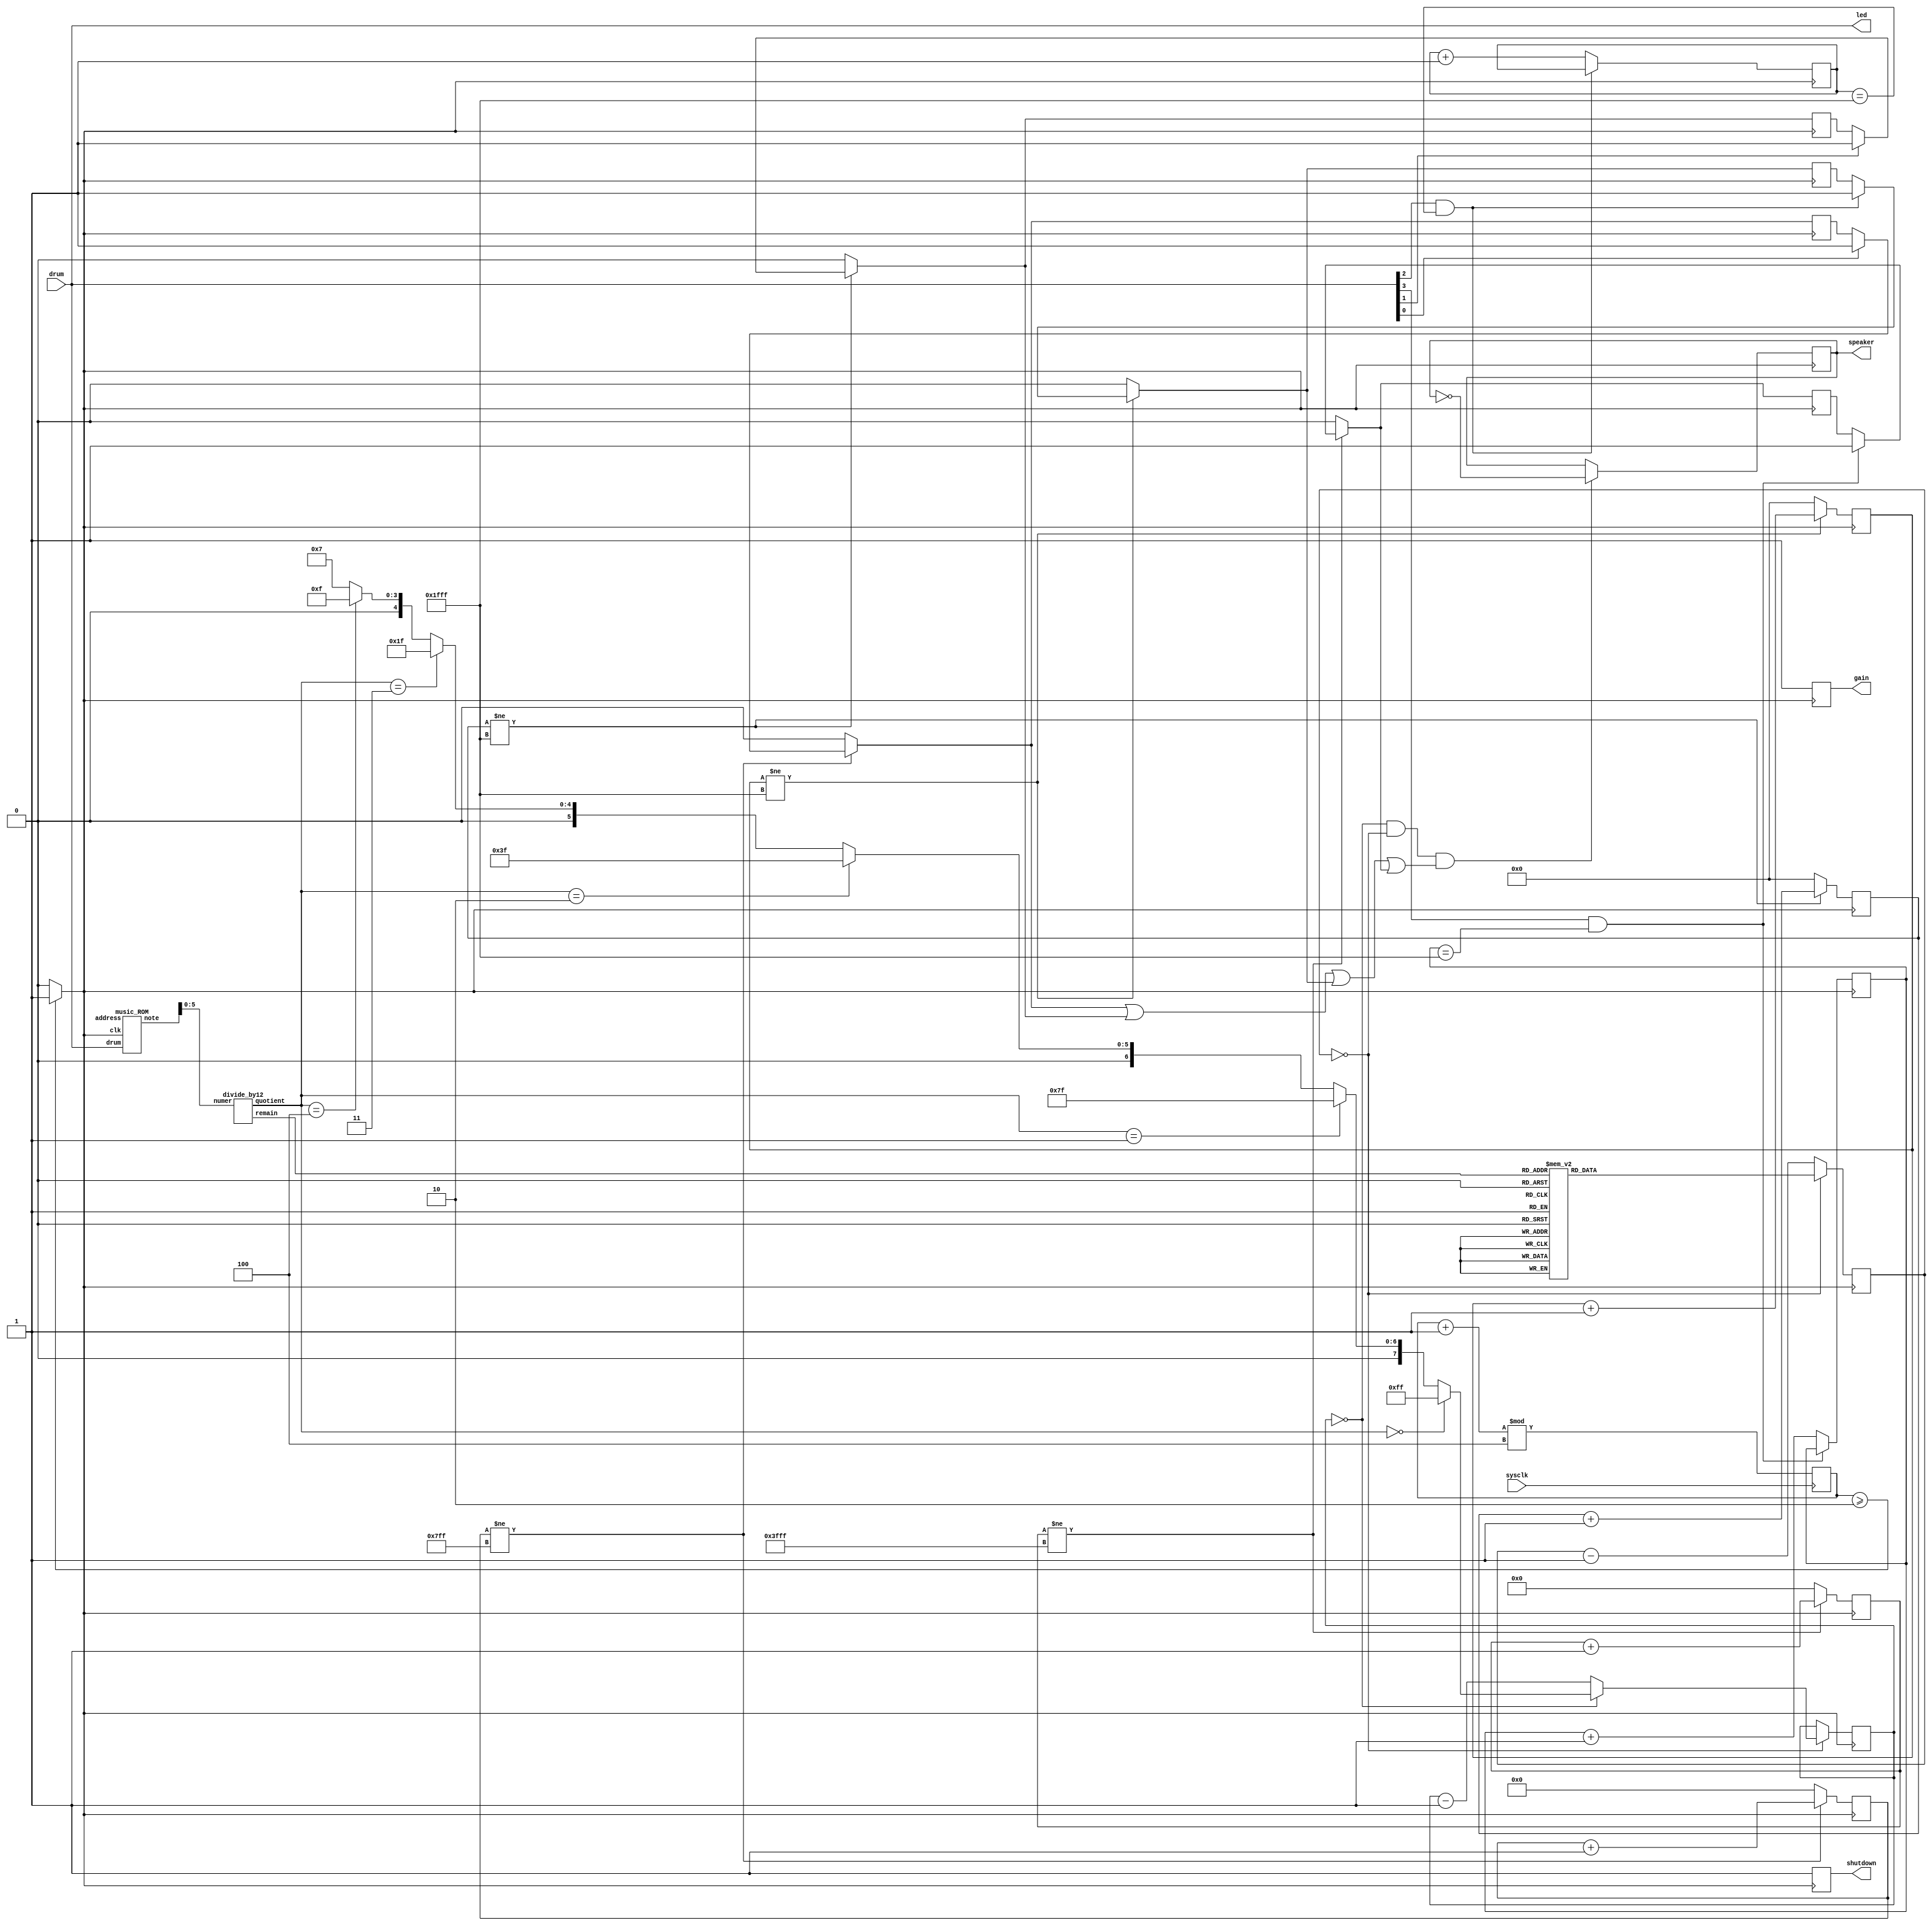
// Music demo verilog file
// Plays a little tune on a speaker
// (c) fpga4fun.com 2003-2014

/////////////////////////////////////////////////////
module music(
	input sysclk,  // tested with 25MHz
	input [3:0]drum,
	output reg [3:0] led,
	output reg speaker,  // connect to a speaker
	output reg gain,
	output reg shutdown
);

reg clk;
parameter [3:0] N = 4'd4;

reg drum1_ack = 1'd0;
reg drum2_ack = 1'd0;
reg drum3_ack = 1'd0;
reg drum4_ack = 1'd0;
reg [10:0]drum1_count;
reg [12:0]drum2_count;
reg [12:0]drum3_count;
reg [13:0]drum4_count;
reg [12:0]correction_count3;
reg [12:0]correction_count4;
reg [3:0] pos_cnt;
reg [3:0] neg_cnt;

//reg [3:0]count_drum1_main=4'd0;

always @ ( posedge sysclk )
begin		
pos_cnt <= (pos_cnt + 1'b1) % N ;
end

always @ (posedge sysclk)
begin
neg_cnt <= (neg_cnt + 1'b1) % N  ;
end

always @( sysclk )
begin
if ( (N%2) == 1'b0)
clk <= ( pos_cnt >= (N/2)) ? 1'b1 : 1'b0;
else
clk <= (( pos_cnt > (N/2)) || ( neg_cnt > (N/2))) ? 1'b1 : 1'b0;
end
 

reg [30:0] tone;
always @(drum) 
begin 
	
	led[0] = drum[0];
	led[1] = drum[1];
	led[2] = drum[2];
	led[3] = drum[3];
	
end

wire [7:0] fullnote;
music_ROM ROM(.clk(clk), .address(tone[29:22]), .note(fullnote) , .drum(drum));


wire [2:0] octave;
wire [3:0] note;
divide_by12 divby12(.numer(fullnote[5:0]), .quotient(octave), .remain(note));

reg [8:0] clkdivider;
always @*
case(note)

	0: clkdivider = 9'd511;//A
	1: clkdivider = 9'd482;// A#/Bb
	2: clkdivider = 9'd455;//B
	3: clkdivider = 9'd430;//C
	4: clkdivider = 9'd405;// C#/Db
	5: clkdivider = 9'd383;//D
	6: clkdivider = 9'd361;// D#/Eb
	7: clkdivider = 9'd341;//E
	8: clkdivider = 9'd322;//F
	9: clkdivider = 9'd303;// F#/Gb
	10: clkdivider = 9'd286;//G
	11: clkdivider = 9'd270;// G#/Ab
	default: clkdivider = 9'd0;// should never happen

endcase

reg [8:0] counter_note;
always @(posedge clk) if(counter_note==0) counter_note <= clkdivider; else counter_note <= counter_note-9'd1;

reg [7:0] counter_octave;
always @(posedge clk)

if(counter_note==0)
begin
	if(counter_octave==0)
	counter_octave <= (octave==0 ? 8'd255 : octave==1 ? 8'd127 : octave==2 ? 8'd63 : octave==3 ? 8'd31 : octave==4 ? 8'd15 : 8'd7);
else
	counter_octave <= counter_octave-8'd1;
	
end

always @(posedge clk)
begin

gain = 1'b1;
shutdown = 1'b1;

if (drum[0] == 1)
	drum1_ack = 1'd1;

if (drum1_count!=11'd2047)
	drum1_count = drum1_count + 1;
	
	else
begin
	drum1_ack = 1'd0;
	drum1_count = 11'd0;
end

	/////////////////// for drum 2 starts here
if (drum[1] == 1)
	drum2_ack = 1'd1;

if (drum2_count!=13'd8191)
	drum2_count = drum2_count + 1;
	
	else
begin
	drum2_ack = 1'd0;
	drum2_count = 13'd0;
end

	////////////////////////  for drum 3 starts here
	if (drum[2] == 1 && correction_count3 == 13'd8191)
	begin
	drum3_ack = 1'd1;
	//correction_count3 = 13'd0;
	end
	else 
	correction_count3 = correction_count3 + 1;
	
if (drum3_count!=13'd8191)
	drum3_count = drum3_count + 1;
	
	else
begin
	drum3_ack = 1'd0;
	drum3_count = 13'd0;
end
	/////////////////////////////	 for drum 4 starts here
	if (drum[3] == 1 && correction_count4 == 13'd8191)
	begin
	drum4_ack = 1'd1;
	//correction_count4 = 13'd0;
	end
	else 
	correction_count4 = correction_count4 + 1;
	
if (drum4_count!=14'd16383)
	drum4_count = drum4_count + 1;
	
	else
begin
	drum4_ack = 1'd0;
	drum4_count = 14'd0;
end
///////////////////////////////////////////////////////////////////
if((counter_octave==0 && counter_note==0) && ((drum1_ack == 1) || (drum2_ack == 1) || (drum3_ack == 1) || 
(drum4_ack == 1)))
	speaker <= ~speaker;
	
end
 
endmodule


/////////////////////////////////////////////////////

module divide_by12(numer, quotient, remain);
input [5:0] numer;
output [2:0] quotient;
output [3:0] remain;

reg [2:0] quotient;
reg [1:0] remainder3to2;
always @(numer[5:2])
case(numer[5:2])
	 0: begin quotient=0; remainder3to2=0; end
	 1: begin quotient=0; remainder3to2=1; end
	 2: begin quotient=0; remainder3to2=2; end
	 3: begin quotient=1; remainder3to2=0; end
	 4: begin quotient=1; remainder3to2=1; end
	 5: begin quotient=1; remainder3to2=2; end
	 6: begin quotient=2; remainder3to2=0; end
	 7: begin quotient=2; remainder3to2=1; end
	 8: begin quotient=2; remainder3to2=2; end
	 9: begin quotient=3; remainder3to2=0; end
	10: begin quotient=3; remainder3to2=1; end
	11: begin quotient=3; remainder3to2=2; end
	12: begin quotient=4; remainder3to2=0; end
	13: begin quotient=4; remainder3to2=1; end
	14: begin quotient=4; remainder3to2=2; end
	15: begin quotient=5; remainder3to2=0; end
endcase

assign remain[1:0] = numer[1:0];// the first 2 bits are copied through
assign remain[3:2] = remainder3to2;// and the last 2 bits come from the case statement
endmodule
/////////////////////////////////////////////////////



module music_ROM(
	input clk,
	input [7:0] address,
	input [3:0]drum,
	output reg [7:0] note
);


reg [3:0]drum_ack = 4'd0;

reg [3:0]drum1_count;
reg [15:0]delay = 16'd 0;
reg [15:0]correction_count3 = 16'd0;
reg [15:0]correction_count4 = 16'd0;
 	
//reg [2:0]count_drum1 = 3'd0;
always @(drum)
begin


		if (drum[0] == 1)
		note <= 8'd 2;
		
 if (drum[1] == 1)
		note <= 8'd 4;
		
 if (drum[2] == 1)
		begin
		correction_count3 = correction_count3 + 1;
		if(correction_count3 == 16'd 65535)
		note <= 8'd 6;
		end	
		
	else if(drum[2] == 0) correction_count3 = 16'd 0;
	
 if (drum[3] == 1)
		begin
		correction_count4 = correction_count4 + 1;
		if(correction_count4 == 16'd 65535)
		note <= 8'd 8;
		end	
		
	else if(drum[3] == 0) correction_count4 = 16'd 0;
	

end		

endmodule

/////////////////////////////////////////////////////